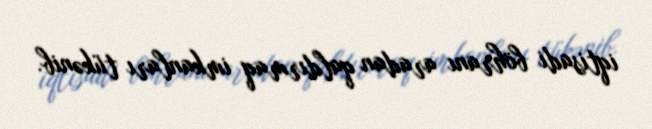
iqtisadi böhranı aradan qaldırmaq imkanları tükənib.